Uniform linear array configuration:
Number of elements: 12
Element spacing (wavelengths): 0.25
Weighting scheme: cosine
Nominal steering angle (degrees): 60
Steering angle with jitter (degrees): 60.231
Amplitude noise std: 0.05
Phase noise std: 0.05

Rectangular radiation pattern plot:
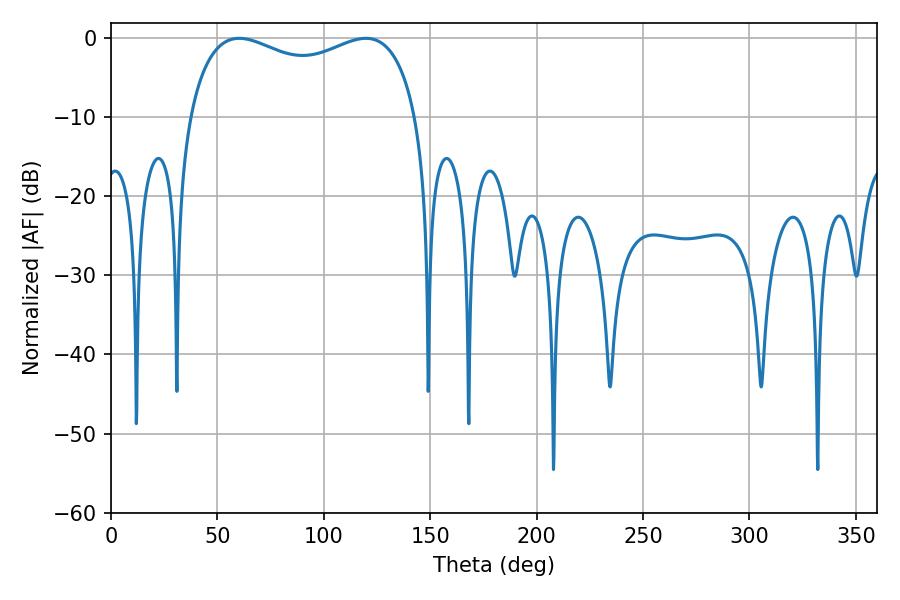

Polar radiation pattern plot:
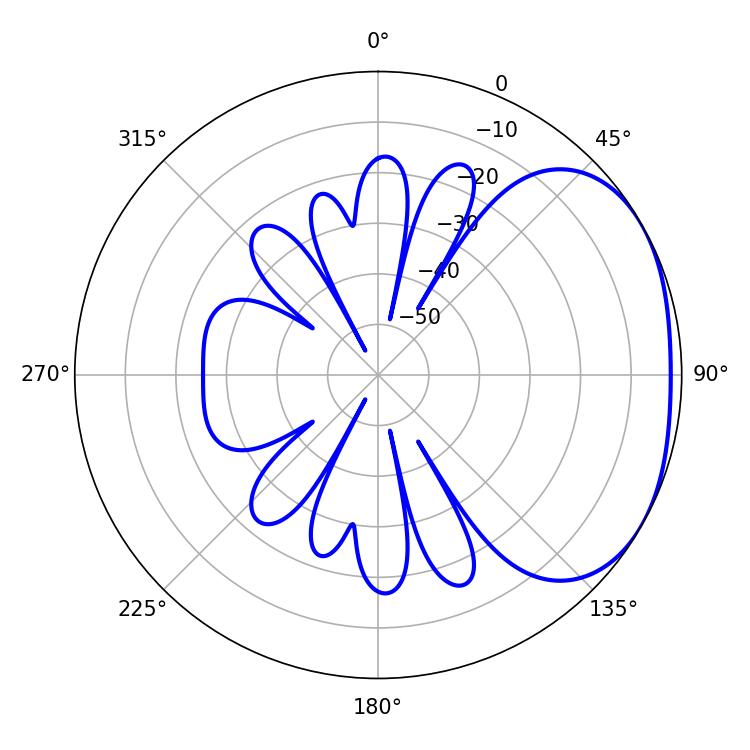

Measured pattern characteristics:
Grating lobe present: FALSE
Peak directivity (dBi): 2.334
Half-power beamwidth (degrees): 88.56
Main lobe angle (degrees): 60.3